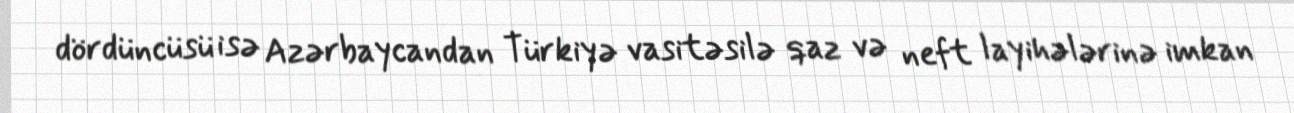
dördüncüsü isə Azərbaycandan Türkiyə vasitəsilə qaz və neft layihələrinə imkan